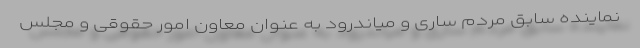
نماینده سابق مردم ساری و میاندرود به عنوان معاون امور حقوقی و مجلس